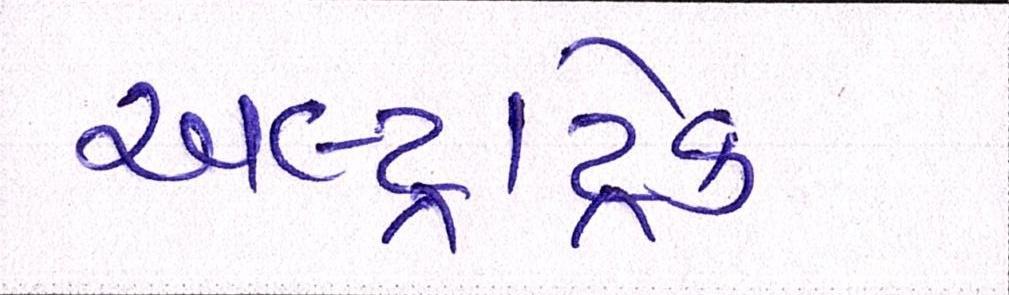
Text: અલ્ટ્રાટેક